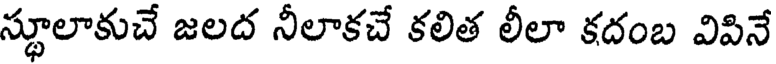
స్థూలాకుచే జలద నీలాకచే కలిత లీలా కదంబ విపినే